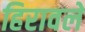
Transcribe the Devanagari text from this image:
हिरावले